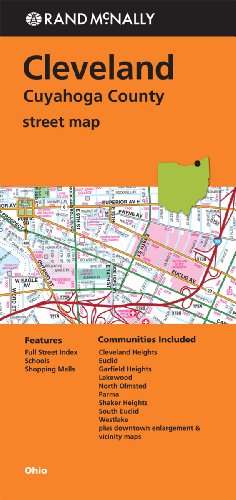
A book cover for Rand McNally Cleveland, Cuyahoga County Street Map; Travel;